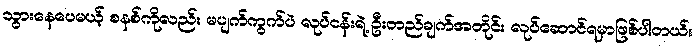
သွားနေပေမယ့် စနစ်ကိုလည်း မပျက်ကွက်ပဲ လုပ်ငန်းရဲ့ ဦးတည်ချက်အတိုင်း လုပ်ဆောင်ရမှာဖြစ်ပါတယ်။